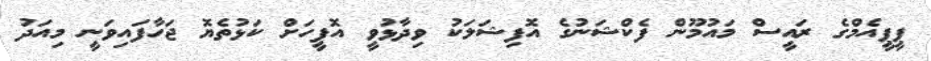
ޕީޕީއެމްގެ ރައީސް މައުމޫން ފެކްޝަނުގެ އޮފިޝަލަކު ވިދާޅުވީ އޮފީހަށް ކަޅުތެޔޮ ޖަހާފައިވަނީ މިއަދު